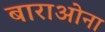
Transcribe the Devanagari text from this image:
बाराओना